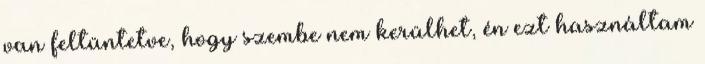
van feltüntetve, hogy szembe nem kerülhet, én ezt használtam